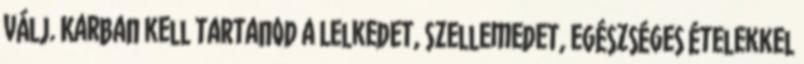
válj. Karban kell tartanod a Lelkedet, Szellemedet, egészséges ételekkel